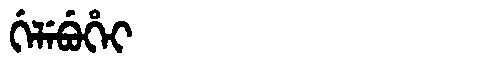
Manchu: ᡤᡝᠯᡝᠪᡠᡥᡝᡳ
Romanization: GELEBUHEI